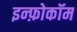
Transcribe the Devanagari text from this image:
इन्फ़ोकॉम